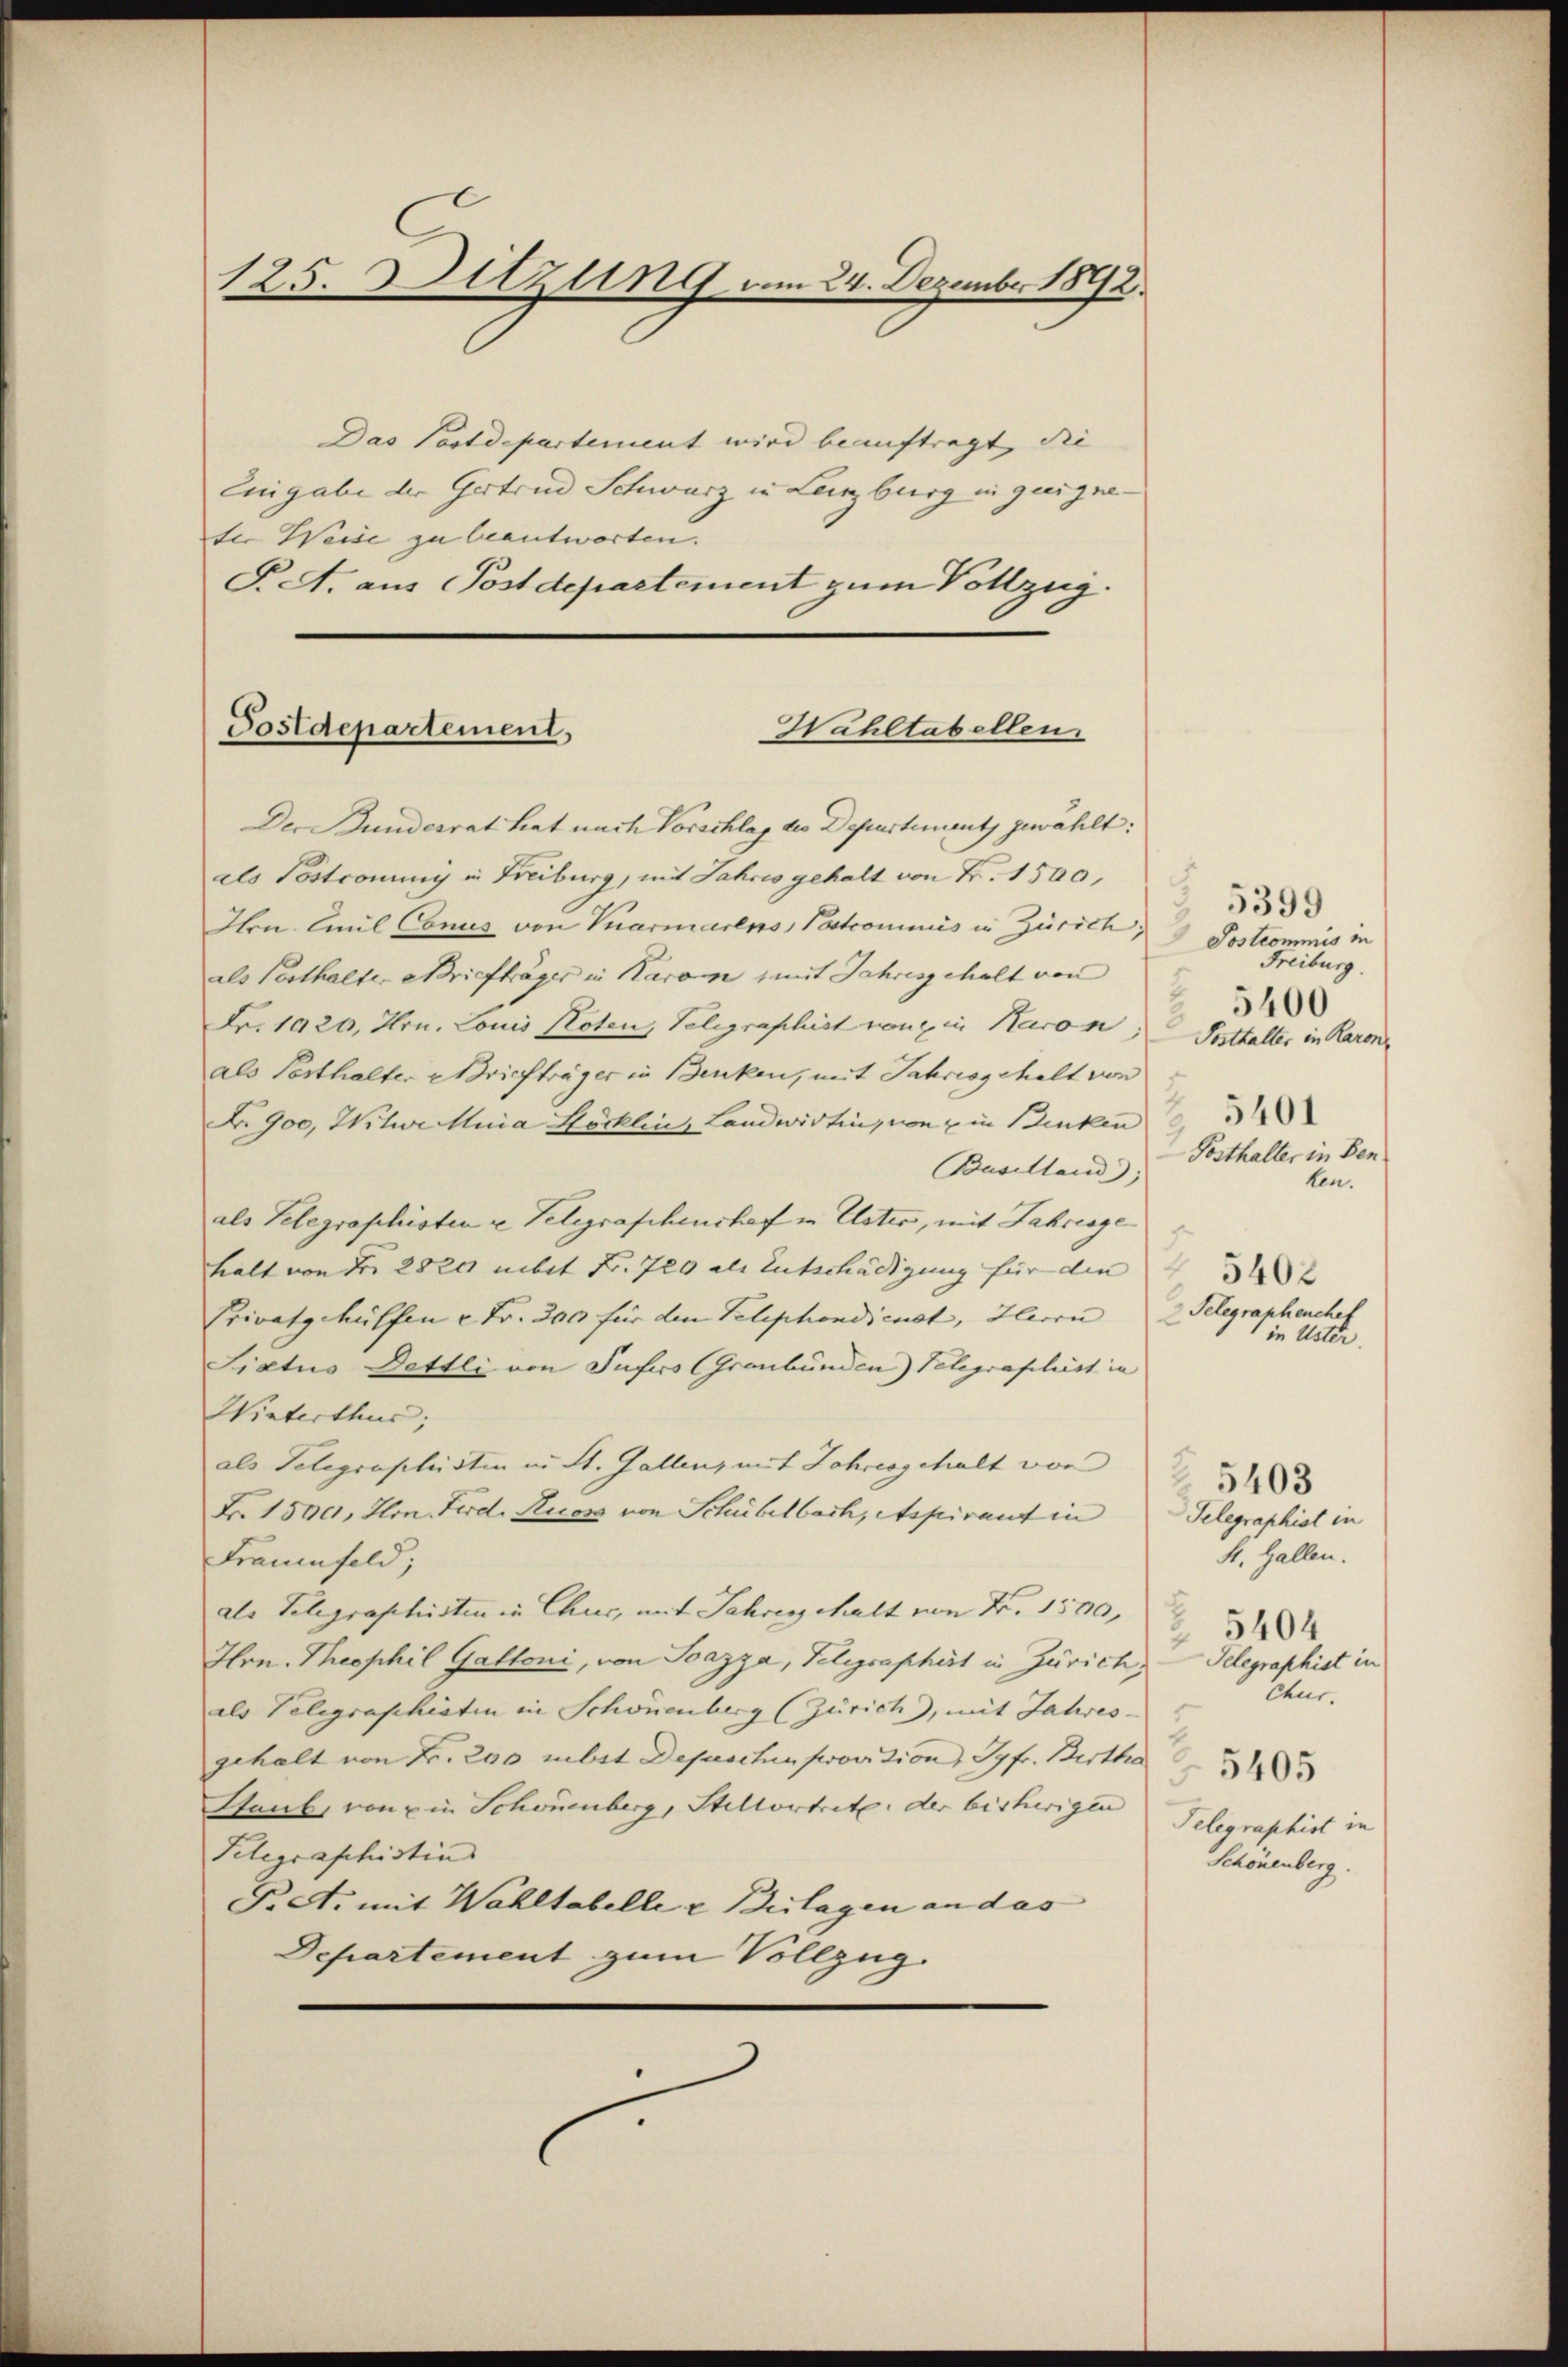
125. Sitzung am 24. Dezember 1892.

Das Postdepartement wird beauftragt, die |
Eingabe der Gertrud Schwarz in Lenzburg in zueigneder Weise zu beantworten.
P. A. aus Postdepartement zum Vollzug.
Wahltabellen.
Postdepartement,

Der Bunderrat hat nach Vorschlag des Departement gewählt:
als Postcommy in Freiburg, mit Jahres gehalt von Fr. 1500,
Hrn. Emil Conus von Vuarmarens, Pastcommis in Zürich;
als Posthalter Briefträger in Karam, mit Jahresgehalt von
Fr. 1920, Hrn. Louis Noten, Telegraphist von in Karon
als Posthalter Briefträger in Benken, mit Jahresgehalt von
B. 900, Witwe Maria Höcklin, Landwirtin, von & in Benken
Baselland),
als Telegraphisten u. Telegrafchenshof in Uster, mit Jahresgehalt von der 2820 mit Fr. 720 als Entschädigung für die 3
Privatgehülfen 2 Fr. 300 für den Telephondienst, Herrn |
Sictus Dettli von Sufers (Graubünden) Telegraphist in
Winterthur;
als Telegraphisten in St. Gallen, mit Jahresgehalt von 13
Fr. 1500, Hon Ferd. Kuoss von Schübelbach, Aspirant in Gelegraphist in
Frauenfeld;
als Telegraphisten in Chur, mit Jahrenschalt von Fr. 1590,
Hrn. Theophil Gattoni, von Ioazza, Telegraphirt in Zürich, Telegraphist in
als Telegraphisten in Schönenberg (Zürich), mit Jahres-
gehalt von Fr. 200 mbst Depeschen provition) Jgfr. Bertha
Staub, von ein Schönenberg, Stellvertrete der bisherigen
Telegraphistins
Pact. mit Wahltabelle e Beilagen an das |
Departement zum Vollzug.

1

5399
Postcommis in
Freiburg.
5400
Posthalter in Raron
Posthalter in Ben
ten.
Telegraphenchef
in Uster.

5401

H. Gallen.
5404
Chur.
Telegraphist in
Schönenberg.